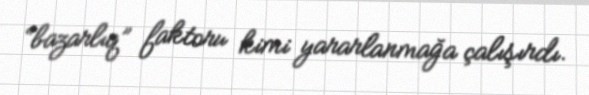
“bazarlıq” faktoru kimi yararlanmağa çalışırdı.